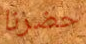
حضرنا